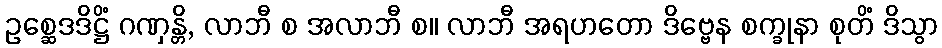
ဥစ္ဆေဒဒိဋ္ဌိံ ဂဏှန္တိ, လာဘီ စ အလာဘီ စ။ လာဘီ အရဟတော ဒိဗ္ဗေန စက္ခုနာ စုတိံ ဒိသွာ